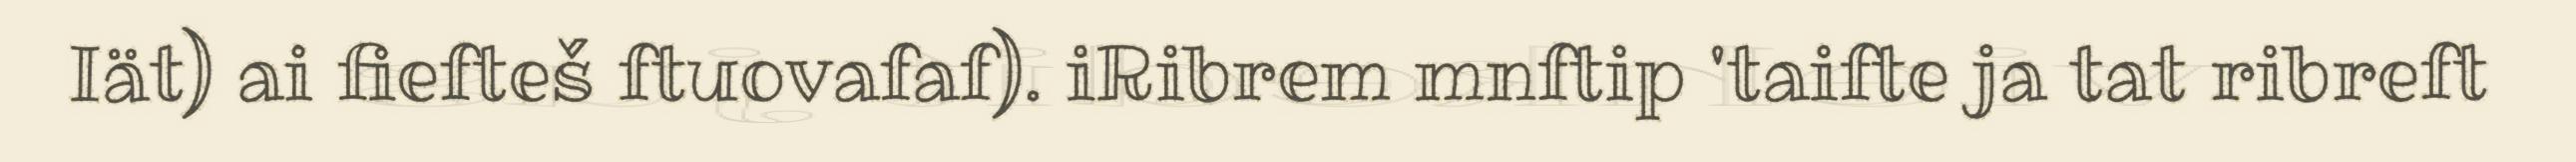
Iät) ai fiefteš ftuovafaf). iRibrem mnftip 'taifte ja tat ribreft